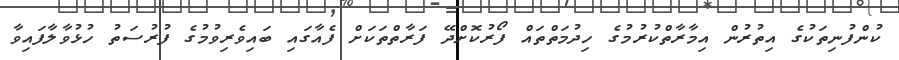
ކުންފުނިތަކުގެ އިތުރުން އިމާރާތްކުރުމުގެ ހިދުމަތްތައް ފޯރުކޮށްދޭ ފަރާތްތަކަށް ފެއާގައި ބައިވެރިވުމުގެ ފުރުސަތު ހުޅުވާލާފައިވާ